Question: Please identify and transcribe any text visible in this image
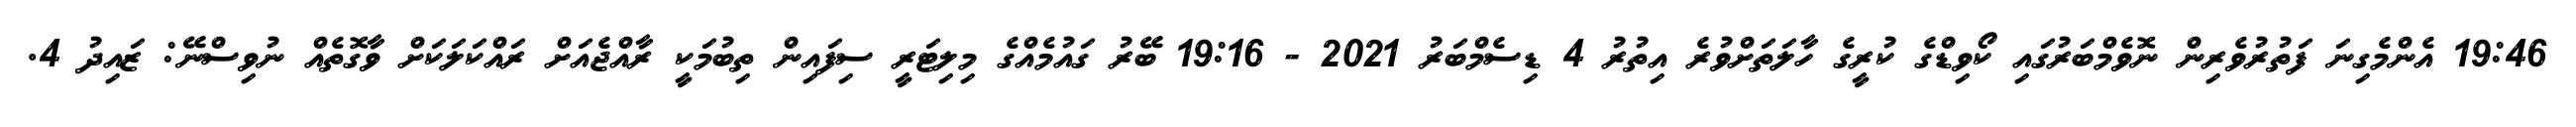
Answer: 19:46 އެންމެގިނަ ފަތުރުވެރިން ނޮވެމްބަރުގައި ކޯވިޑްގެ ކުރީގެ ހާލަތަށްވުރެ އިތުރު 4 ޑިސެމްބަރު 2021 - 19:16 ބޭރު ގައުމެއްގެ މިލިޓަރީ ސިފައިން ތިބުމަކީ ރާއްޖެއަށް ރައްކަލަކަށް ވާގޮތެއް ނުވިސްނޭ: ޒައިދު 4.